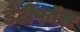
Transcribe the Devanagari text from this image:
डेटीफाॅस